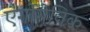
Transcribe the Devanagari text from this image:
एर्गोगेनिक